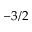
- 3 / 2